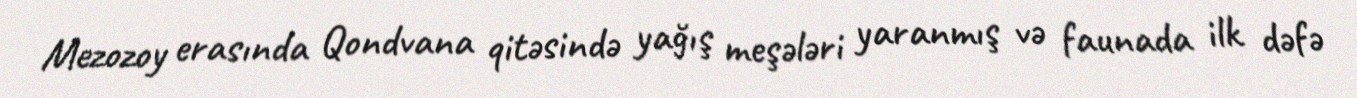
Mezozoy erasında Qondvana qitəsində yağış meşələri yaranmış və faunada ilk dəfə